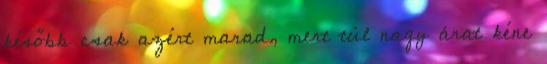
később csak azért marad, mert túl nagy árat kéne